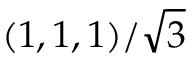
( 1 , 1 , 1 ) / \sqrt { 3 }